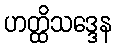
ဟတ္ထိသဒ္ဒေန